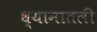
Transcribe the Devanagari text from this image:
ध्यानातली